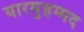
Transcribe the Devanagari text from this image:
यारमुहम्मद